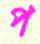
প